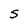
Character: S